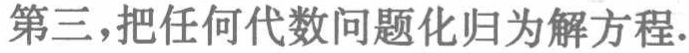
第三，把任何代数问题化归为解方程.